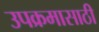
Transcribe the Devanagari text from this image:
उपक्रमासाठी